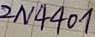
Text: 2N4401